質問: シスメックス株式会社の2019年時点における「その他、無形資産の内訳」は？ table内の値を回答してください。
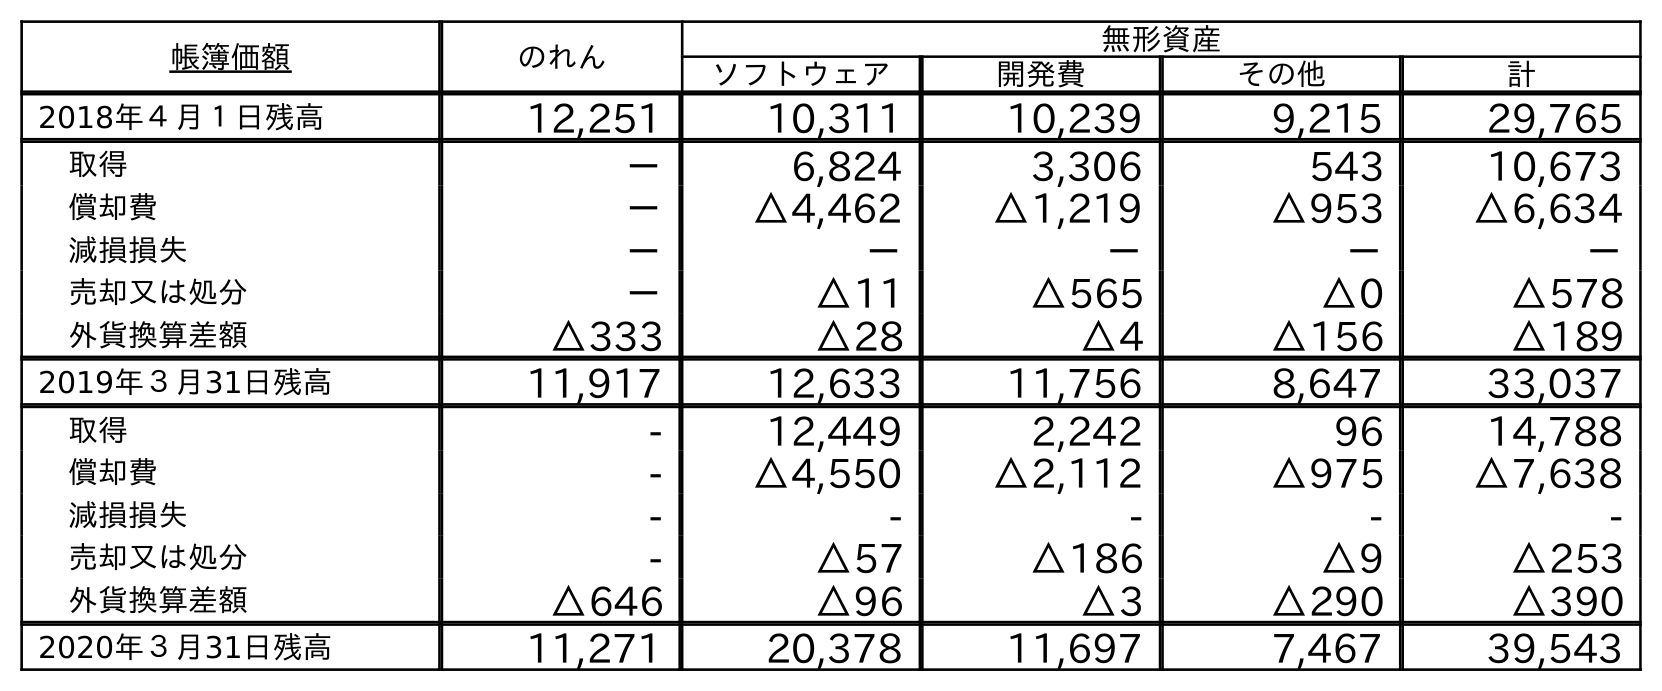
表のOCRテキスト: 帳簿価額 のれん 無形資産 ソフトウェア 開発費 その他 計 2018年４月１日残高 12,251 10,311 10,239 9,215 29,765 取得 － 6,824 3,306 543 10,673 償却費 － △4,462 △1,219 △953 △6,634 減損損失 － － － － － 売却又は処分 － △11 △565 △0 △578 外貨換算差額 △333 △28 △4 △156 △189 2019年３月31日残高 11,917 12,633 11,756 8,647 33,037 取得 - 12,449 2,242 96 14,788 償却費 - △4,550 △2,112 △975 △7,638 減損損失 - - - - - 売却又は処分 - △57 △186 △9 △253 外貨換算差額 △646 △96 △3 △290 △390 2020年３月31日残高 11,271 20,378 11,697 7,467 39,543
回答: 8,647